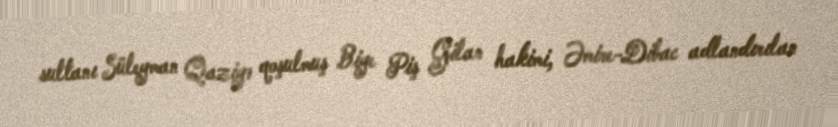
sultanı Süleyman Qaziyə qoşulmuş Biye Piş Gilan hakimi, Əmire-Dibac adlandırılan